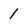
Character: 1